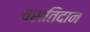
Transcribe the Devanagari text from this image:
वसतिदान